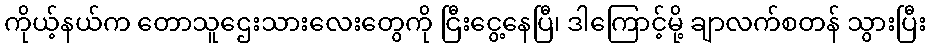
ကိုယ့်နယ်က တောသူဌေးသားလေးတွေကို ငြီးငွေ့နေပြီ၊ ဒါကြောင့်မို့ ချာလက်စတန် သွားပြီး